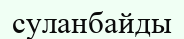
суланбайды